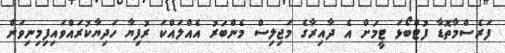
ފަރެސްމާތޮޑާ ފުޓްބޯޅަ ޓީމަށް އެ ދާއިރާގެ މަޖިލިސް މެންބަރު އެއްލައްކަ ރުފިޔާ ހަދިޔާކުރައްވައިފިމިނިވަން